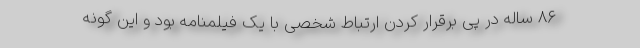
۸۶ ساله در پی برقرار کردن ارتباط شخصی با یک فیلمنامه بود و این گونه